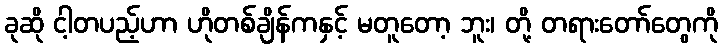
ခုဆို ငါ့တပည့်ဟာ ဟိုတစ်ချိန်ကနှင့် မတူတော့ ဘူး၊ တို့ တရားတော်တွေကို